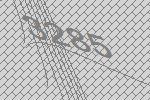
3285